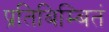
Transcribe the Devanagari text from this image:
प्रतिबिम्बितं